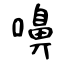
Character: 嚊